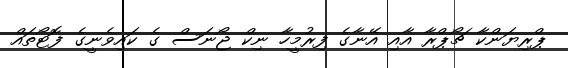
ޕްރިޔަންކާ ޗޯޕްރާ އާއި އޭނާގެ ފިރުމީހާ ނިކް ޖޯނަސް ގެ ކައިވެނީގެ ފޮޓޯތައް